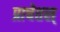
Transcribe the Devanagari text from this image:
प्राचेतस्